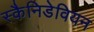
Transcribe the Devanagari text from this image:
स्कैनिडेवियन